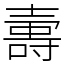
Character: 𡔽